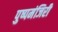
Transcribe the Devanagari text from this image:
पुष्पमंजिरी